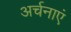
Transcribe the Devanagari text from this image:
अर्चनाएं